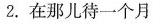
2.在那儿待一个月